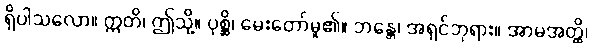
ရှိပါသလော။ ဣတိ၊ ဤသို့။ ပုစ္ဆိ၊ မေးတော်မူ၏။ ဘန္တေ၊ အရှင်ဘုရား။ အာမအတ္ထိ၊